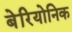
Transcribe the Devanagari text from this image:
बेरियोनिक